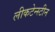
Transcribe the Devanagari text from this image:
लीकटेन्स्टीन